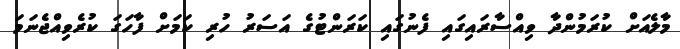
މާލެއަށް ކުރަމުންދާ ވިއްސާރައިގައި ފެނުގައި ކަރަންޓުގެ އަސަރު ހުރި ކަމަަށް ފާހަގަ ކުރެވިއްޖެނަމަ